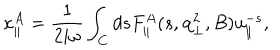
LaTeX: \kappa _ { \parallel } ^ { A } = { \frac { 1 } { 2 i \omega } } \int _ { C } d s F _ { \parallel } ^ { A } ( s , { \bf q } _ { \bot } ^ { 2 } , B ) u _ { \parallel } ^ { - s } ,